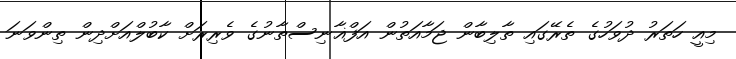
މިއީ ހަތަރު ދުވަހުގެ ތެރޭގައި ތާލިބާން ޖަމާއަތުން އަފްޣާނިސްތާނުގެ ވެރިރަށް ކާބުލްއަށްދިން ތިންވަނަ